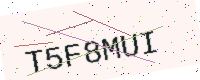
Text: T5F8MUI